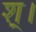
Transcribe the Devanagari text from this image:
श्।